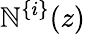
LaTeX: \mathbb{N}^{\{ i\} }(z)